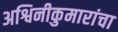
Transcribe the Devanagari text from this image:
अश्विनीकुमारांचा